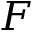
F